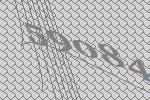
59084